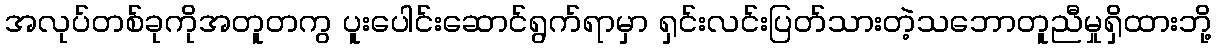
အလုပ်တစ်ခုကိုအတူတကွ ပူးပေါင်းဆောင်ရွက်ရာမှာ ရှင်းလင်းပြတ်သားတဲ့သဘောတူညီမှုရှိထားဘို့